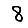
Digit: 8